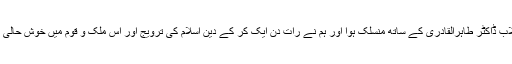
اسی کی وجہ سے میرا خاندان قائد انقلاب ڈاکٹر طاہرالقادری کے ساتھ منسلک ہوا اور ہم نے رات دن ایک کر کے دین اسلام کی ترویج اور اس ملک و قوم میں خوش حالی لانے کی عملی کاوشیں جاری رکھیں۔